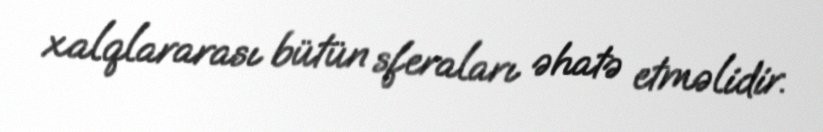
xalqlararası bütün sferaları əhatə etməlidir.